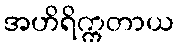
အဟိရိက္ကတာယ